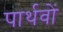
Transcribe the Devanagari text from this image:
पार्थवों